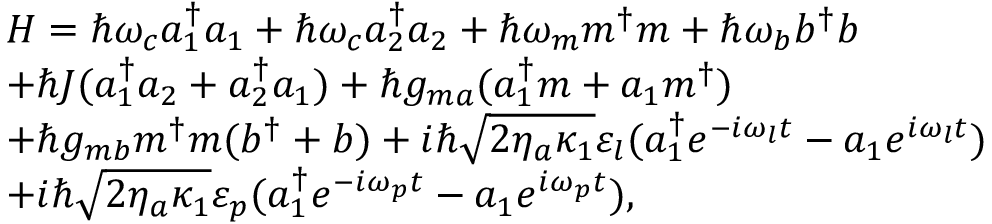
\begin{array} { r l } & { H = \hslash \omega _ { c } a _ { 1 } ^ { \dagger } a _ { 1 } + \hslash \omega _ { c } a _ { 2 } ^ { \dagger } a _ { 2 } + \hslash \omega _ { m } m ^ { \dagger } m + \hslash \omega _ { b } b ^ { \dagger } b } \\ & { + \hslash J ( a _ { 1 } ^ { \dagger } a _ { 2 } + a _ { 2 } ^ { \dagger } a _ { 1 } ) + \hslash g _ { m a } ( a _ { 1 } ^ { \dagger } m + a _ { 1 } m ^ { \dagger } ) } \\ & { + \hslash g _ { m b } m ^ { \dagger } m ( b ^ { \dagger } + b ) + i \hslash \sqrt { 2 \eta _ { a } \kappa _ { 1 } } \varepsilon _ { l } ( a _ { 1 } ^ { \dagger } e ^ { - i \omega _ { l } t } - a _ { 1 } e ^ { i \omega _ { l } t } ) } \\ & { + i \hslash \sqrt { 2 \eta _ { a } \kappa _ { 1 } } \varepsilon _ { p } ( a _ { 1 } ^ { \dagger } e ^ { - i \omega _ { p } t } - a _ { 1 } e ^ { i \omega _ { p } t } ) , } \end{array}